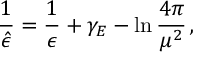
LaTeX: { \frac { 1 } { \hat { \epsilon } } } = { \frac { 1 } { \epsilon } } + \gamma _ { E } - \ln { \frac { 4 \pi } { \mu ^ { 2 } } } \, ,